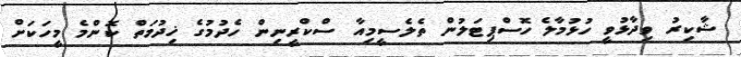
ޝާކިރު ވިދާޅުވީ ހުޅުމާލެ ހޮސްޕިޓަލުން ތެލެސީމިއާ ސްކްރީނިން ހެދުމުގެ ޚިދުމަތް ކޮންމެ މީހަކަށް